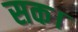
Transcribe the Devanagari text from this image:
सक।